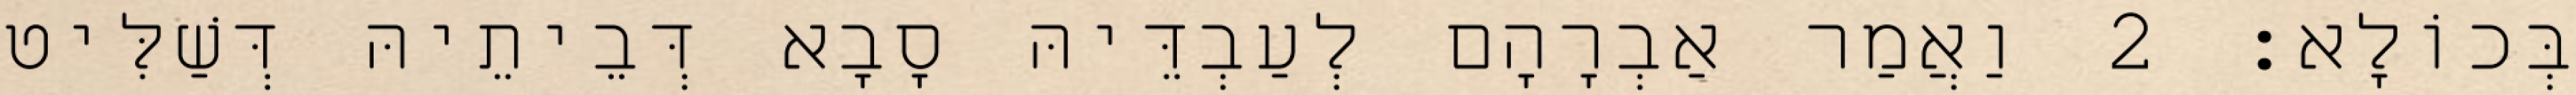
בְּכוֹלָא׃ 2 וַאֲמַר אַבְרָהָם לְעַבְדֵּיהּ סָבָא דְּבֵיתֵיהּ דְּשַׁלִּיט